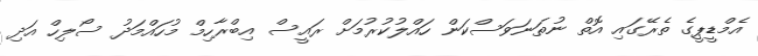
އެމްޑީޕީގެ ތެރޭގައި އޮތް ނުތަނަވަސްކަން ހައްލުކުރުމަށް ރައީސް އިބްރާހިމް މުހައްމަދު ސޯލިހް އަދި